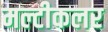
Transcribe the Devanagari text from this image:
मल्टीकलर